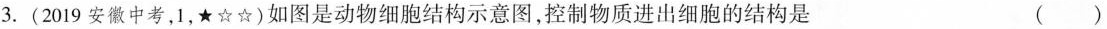
3.(2019安徽中考，1，★☆☆)如图是动物细胞结构示意图，控制物质进出细胞的结构是 ( )